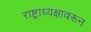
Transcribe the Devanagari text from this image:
राष्ट्राध्यक्षावरून